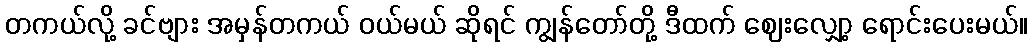
တကယ်လို့ ခင်ဗျား အမှန်တကယ် ဝယ်မယ် ဆိုရင် ကျွန်တော်တို့ ဒီထက် ဈေးလျှော့ ရောင်းပေးမယ်။